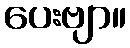
ပေးဗျာ။